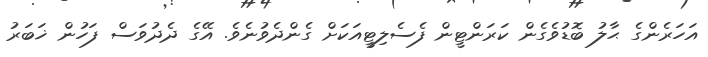
އަހަރެންގެ ޙާލު ބޮޑުވެގެން ކަަރަންޓީން ފެސެލިޓީއަކަށް ގެންދެވުނެވެ. އޭގެ ދެދުވަސް ފަހުން ޚަބަރު